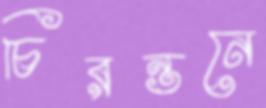
চিরন্তনে